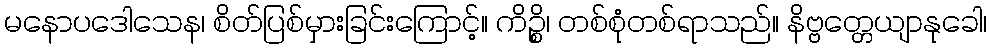
မနောပဒေါသေန၊ စိတ်ပြစ်မှားခြင်းကြောင့်။ ကိဉ္စိ၊ တစ်စုံတစ်ရာသည်။ နိဗ္ဗတ္တေယျာနုခေါ၊